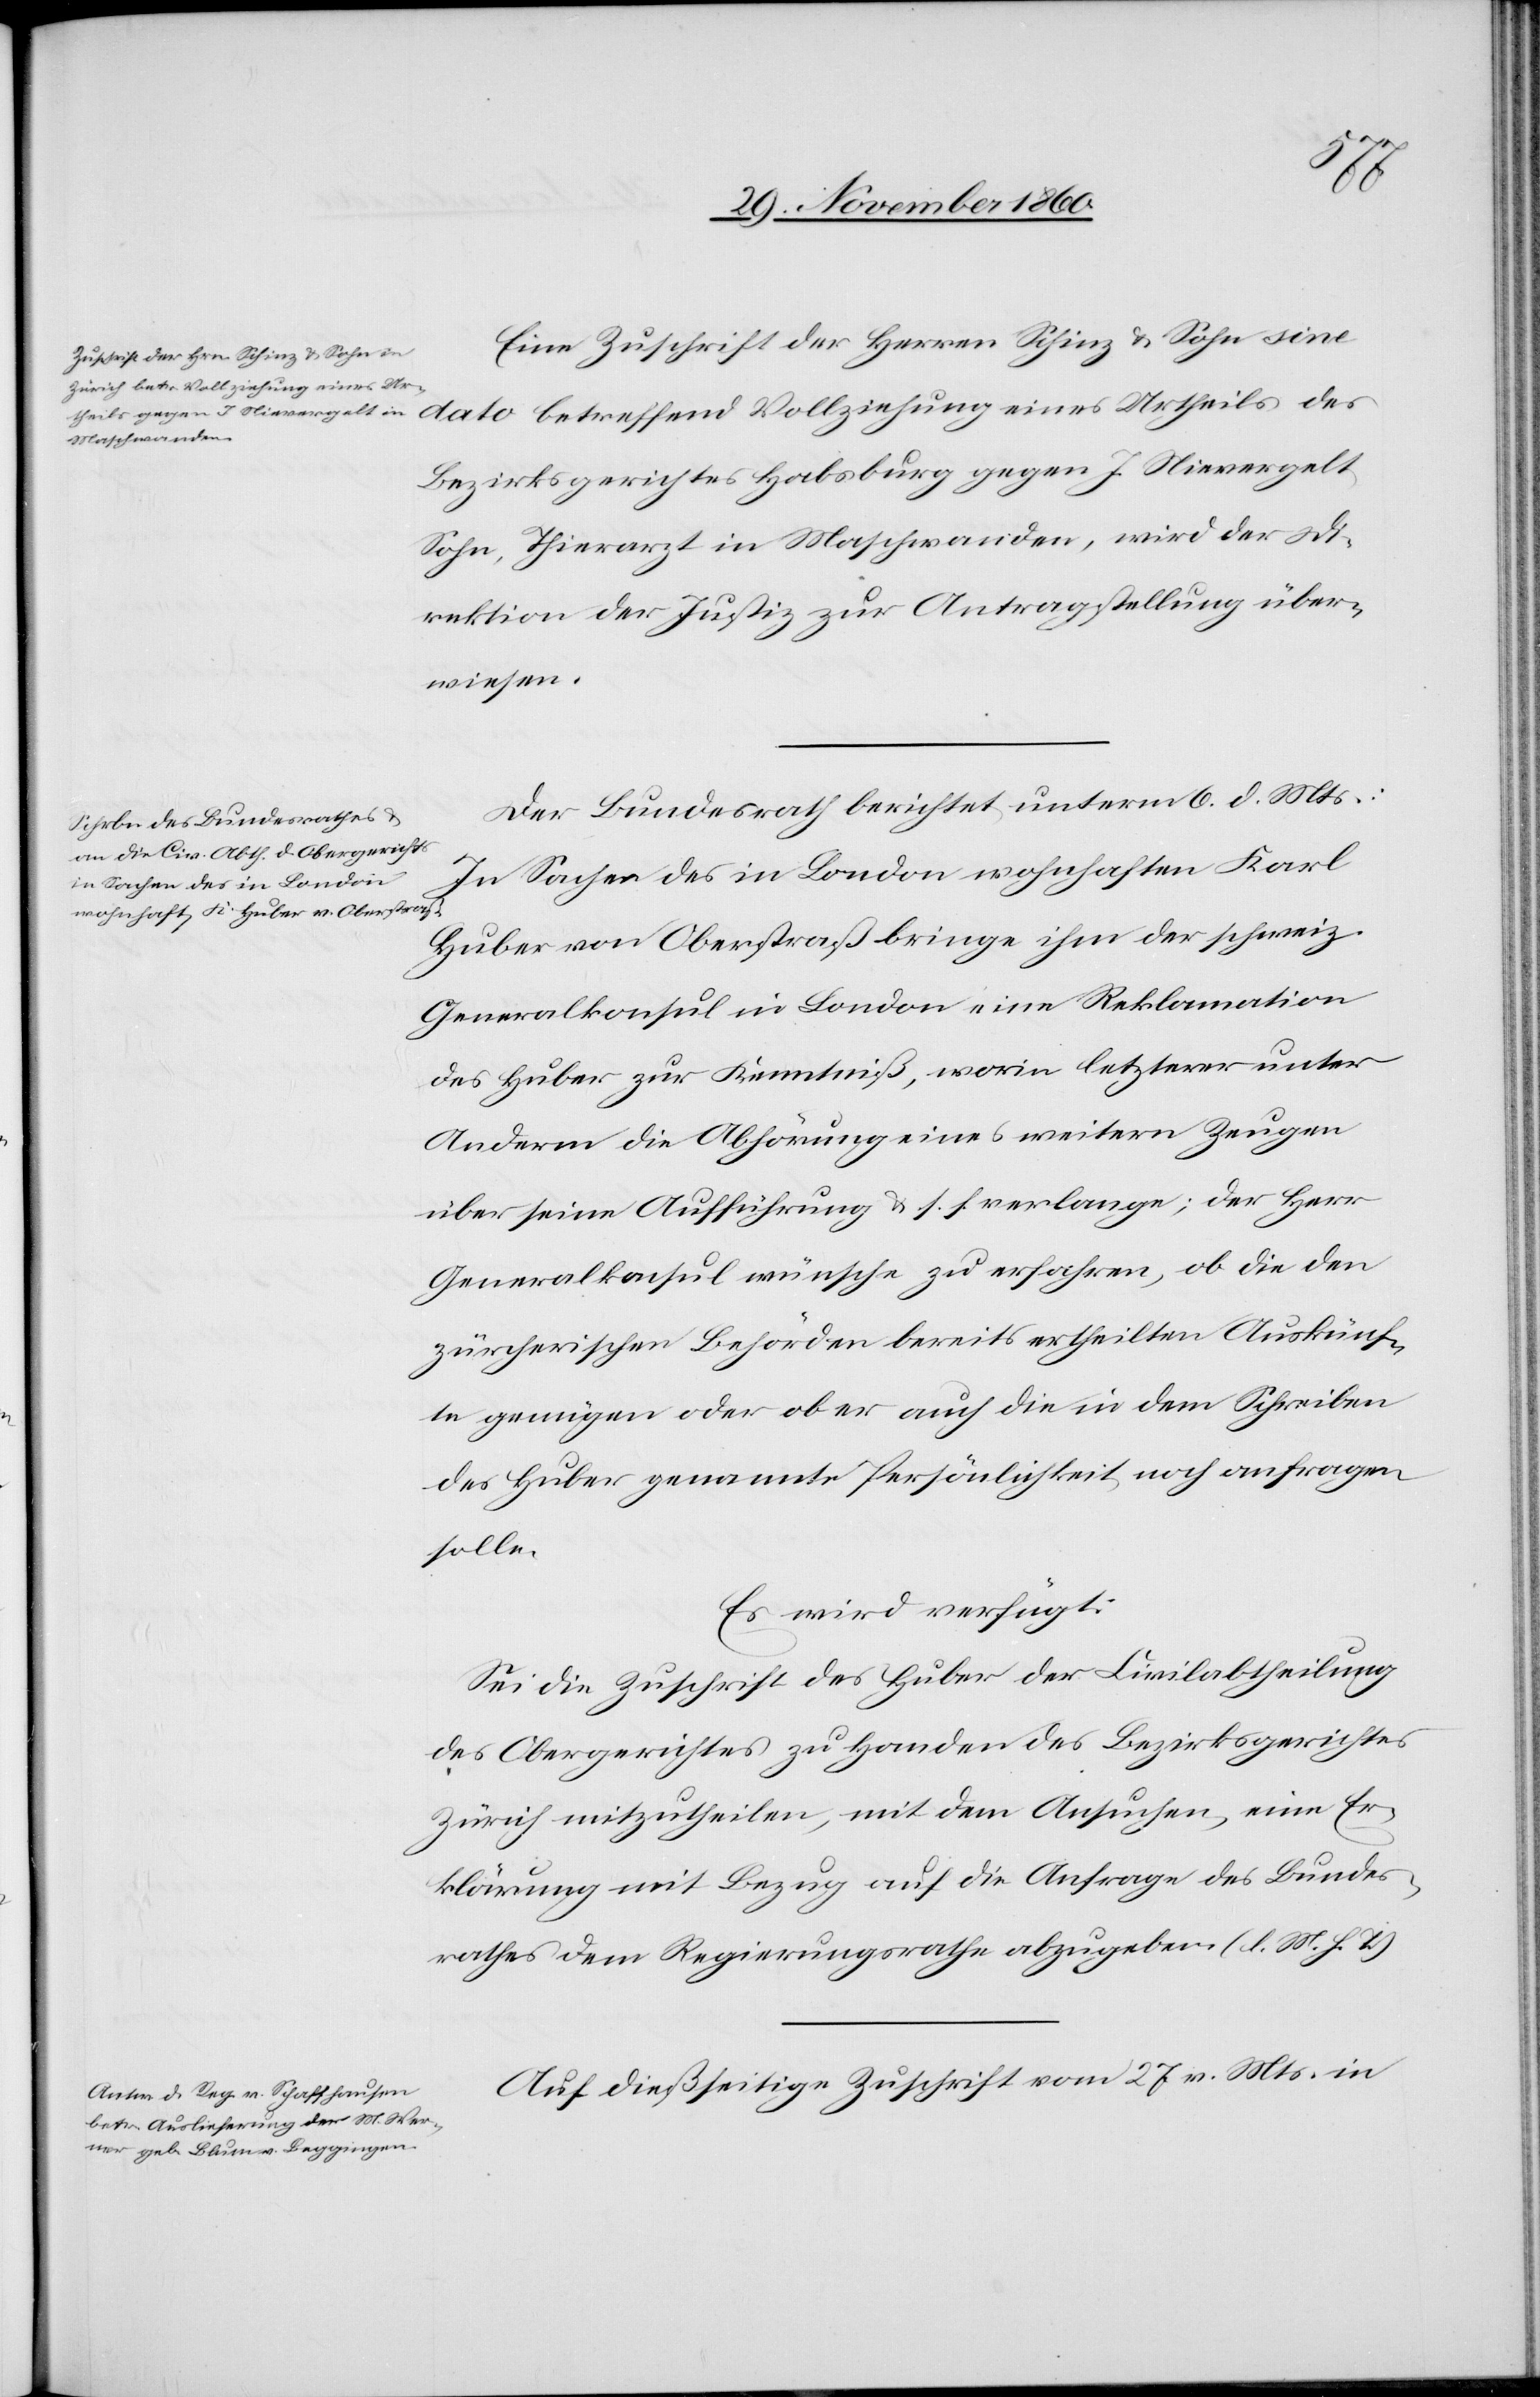
dato
8. December 1860.]
Eine Zuschrift der Herren Schinz u. Sohn sine
Actum den
Bezirksgerichtes Habsburg gegen J. Nievergelt,
Sohn, Thierarzt in Maschwanden, wird der Di¬
rektion der Justiz zur Antragstellung über¬
wiesen.
Der Bundesrath berichtet unterm 6. d. Mts.:
In Sachen des in London wohnhaften Karl
Huber von Oberstraß bringe ihm der schweiz.
Generalkonsul in London eine Reklamation
des Huber zur Kenntniß, worin letzterer unter
Anderm die Abhörung eines weitern Zeugen
über seine Aufführung u. s. f. verlange; der Herr
Generalkonsul wünsche zu erfahren, ob die den
zürcherischen Behörden bereits ertheilten Auskünf¬
te genügen oder ob er auch die in dem Schreiben
des Huber genannte Persönlichkeit noch anfragen
solle.
Es wird verfügt:
Sei die Zuschrift des Huber der Civilabtheilung
des Obergerichtes zu Handen des Bezirksgerichtes
Zürich mitzutheilen, mit dem Ansuchen, eine Er¬
klärung mit Bezug auf die Anfrage des Bundes¬
rathes dem Regierungsrathe abzugeben. (l. M. h. T.)
Auf dießseitige Zuschrift vom 27. v. Mts. in